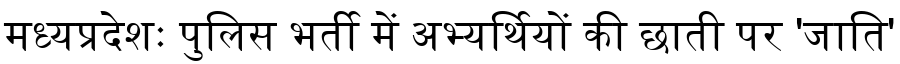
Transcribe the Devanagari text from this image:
मध्यप्रदेशः पुलिस भर्ती में अभ्यर्थियों की छाती पर 'जाति'